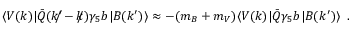
\langle V ( k ) | \bar { Q } ( k ^ { \prime } \! \! \! \! / - k \! \! \! / ) \gamma _ { 5 } b | B ( k ^ { \prime } ) \rangle \approx - ( m _ { B } + m _ { V } ) \langle V ( k ) | \bar { Q } \gamma _ { 5 } b | B ( k ^ { \prime } ) \rangle \, \, \, .